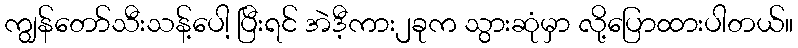
ကျွန်တော်သီးသန့်ပေါ့ ပြီးရင် အဲဒီ့ကား၂ခုက သွားဆုံမှာ လို့ပြောထားပါတယ်။